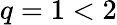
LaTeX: q=1<2